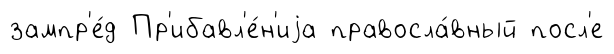
зампр'е́д Пр'ибавл'е́н'иjа правосла́вный посл'е